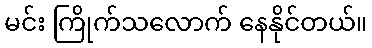
မင်း ကြိုက်သလောက် နေနိုင်တယ်။